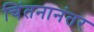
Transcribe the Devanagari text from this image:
चिंतनानंतर